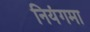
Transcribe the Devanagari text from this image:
नियंगमा